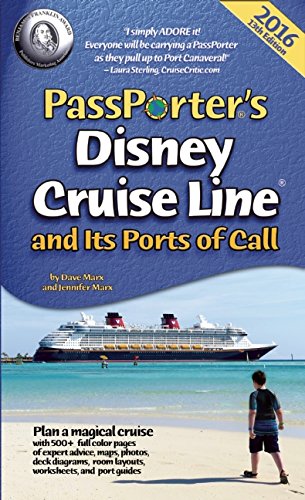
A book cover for PassPorter's Disney Cruise Line and Its Ports of Call 2016; Travel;